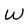
Character: W